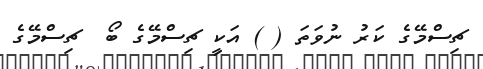
ޗިސްމޭގެ ކަރު ނުވަތަ ( ) އަކީ ޗިސްމޭގެ ބޯ  ޗިސްމޭގެ